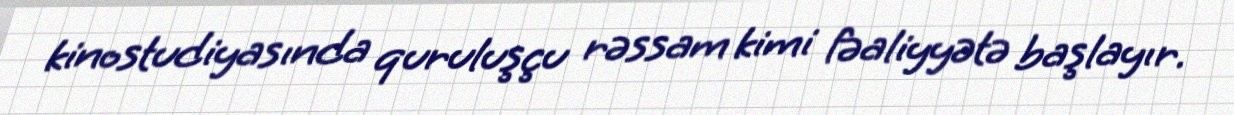
kinostudiyasında quruluşçu rəssam kimi fəaliyyətə başlayır.